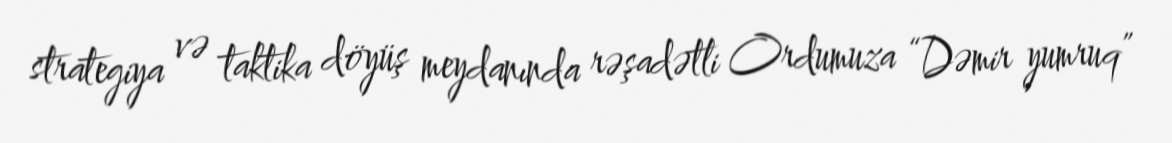
strategiya və taktika döyüş meydanında rəşadətli Ordumuza “Dəmir yumruq”